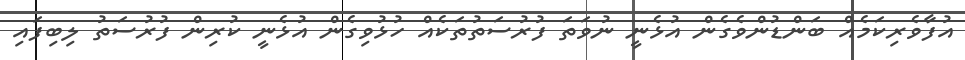
އުފާވެރިކަމެއް ބަންޑުންވެގެން އުޅެނީ ނުވަތަ ފުރުސަތުތަކެއް ހުޅުވިގެން އުޅެނީ ކުރިން ފުރުސަތު ލިބިފައި